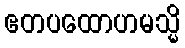
ဧတပထောဟမသ္မိ